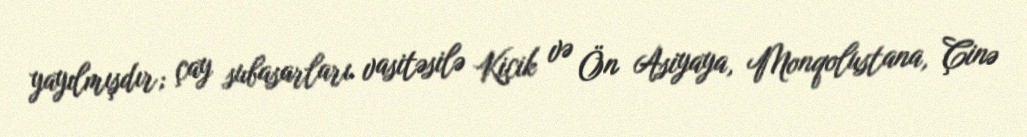
yayılmışdır; çay subasarları vasitəsilə Kiçik və Ön Asiyaya, Monqolustana, Çinə